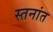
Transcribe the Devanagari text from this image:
स्तनांत